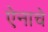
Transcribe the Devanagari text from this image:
ऐनाचे